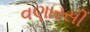
વણારસી